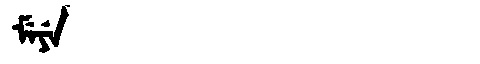
Manchu: ᠮᡝᠶᡝ
Romanization: MEYE